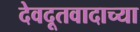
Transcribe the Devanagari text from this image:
देवदूतवादाच्या